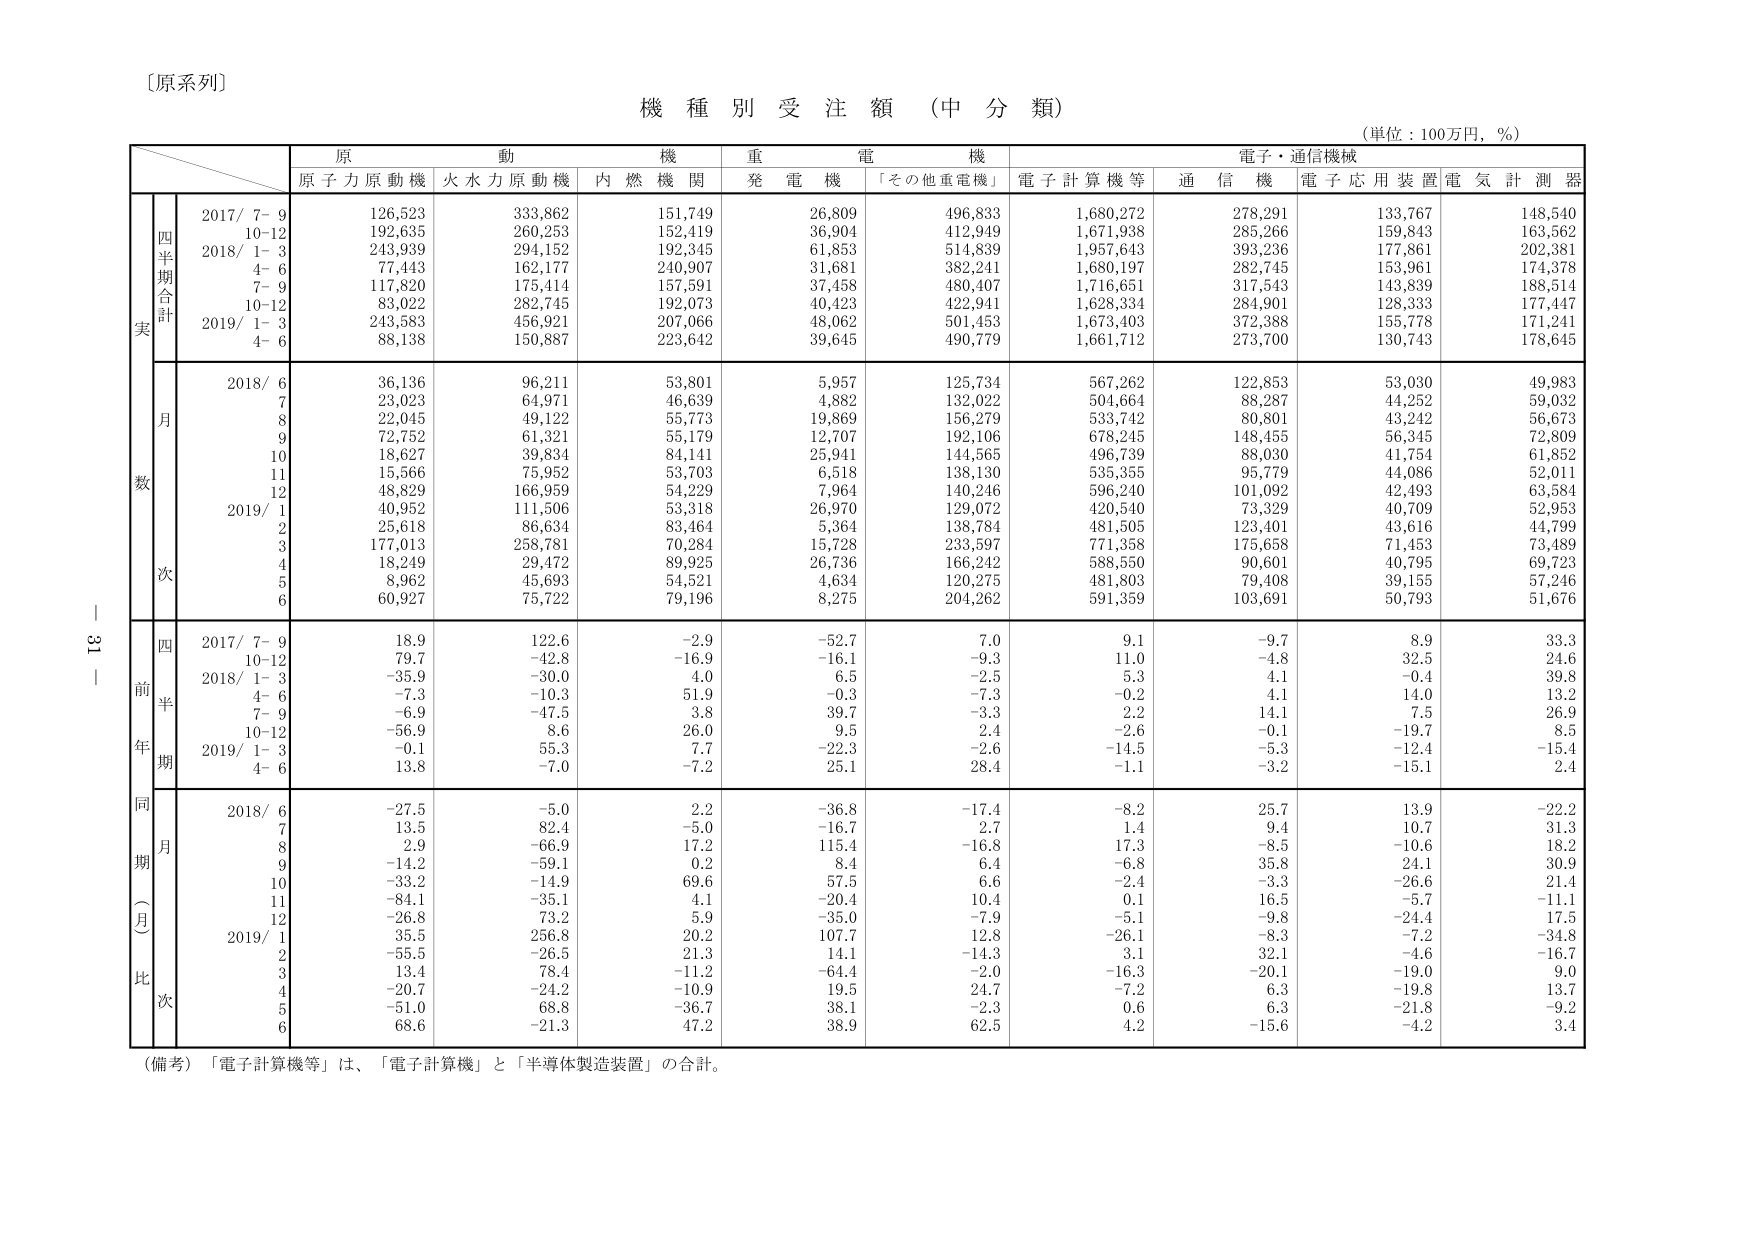
〔原系列〕

機 種 別 受 注 額 （中 分 類）

（単位：100万円，％）

原 動 機 重 電 機 電子・通信機械
原子力原動機 火水力原動機 内燃機関 発電機 「その他重電機」 電子計算機等 通信機 電子応用装置 電気計測器

四半期合計
実
2017/ 7- 9 126,523 333,862 151,749 26,809 496,833 1,680,272 278,291 133,767 148,540
10-12 192,635 260,253 152,419 36,904 412,949 1,671,938 285,266 159,843 163,562
2018/ 1- 3 243,939 294,152 192,345 61,853 514,839 1,957,643 393,236 177,861 202,381
4- 6 77,443 162,177 240,907 31,681 382,241 1,680,197 282,745 153,961 174,378
7- 9 117,820 175,414 157,591 37,458 480,407 1,716,651 317,543 143,839 188,514
10-12 83,022 282,745 192,073 40,423 422,941 1,628,334 284,901 128,333 177,447
2019/ 1- 3 243,583 456,921 207,066 48,062 501,453 1,673,403 372,388 155,778 171,241
4- 6 88,138 150,887 223,642 39,645 490,779 1,661,712 273,700 130,743 178,645

月
数
2018/ 6 36,136 96,211 53,801 5,957 125,734 567,262 122,853 53,030 49,983
7 23,023 64,971 46,639 4,882 132,022 504,664 88,287 44,252 59,032
8 22,045 49,122 55,773 19,869 156,279 533,742 80,801 43,242 56,673
9 72,752 61,321 55,179 12,707 192,106 678,245 148,455 56,345 72,809
10 18,627 39,834 84,141 25,941 144,565 496,739 88,030 41,754 61,852
11 15,566 75,952 53,703 6,518 138,130 535,355 95,779 44,086 52,011
12 48,829 166,959 54,229 7,964 140,246 596,240 101,092 42,493 63,584
2019/ 1 40,952 111,506 53,318 26,970 129,072 420,540 73,329 40,709 52,953
2 25,618 86,634 83,464 5,364 138,784 481,505 123,401 43,616 44,799
3 177,013 258,781 70,284 15,728 233,597 771,358 175,658 71,453 73,489
次
4 18,249 29,472 89,925 26,736 166,242 588,550 90,601 40,795 69,723
5 8,962 45,693 54,521 4,634 120,275 481,803 79,408 39,155 57,246
6 60,927 75,722 79,196 8,275 204,262 591,359 103,691 50,793 51,676

四
前
半
年
期
2017/ 7- 9 18.9 122.6 -2.9 -52.7 7.0 9.1 -9.7 8.9 33.3
10-12 79.7 -42.8 -16.9 -16.1 -9.3 11.0 -4.8 32.5 24.6
2018/ 1- 3 -35.9 -30.0 4.0 6.5 -2.5 5.3 4.1 -0.4 39.8
4- 6 -7.3 -10.3 51.9 -0.3 -7.3 -0.2 4.1 14.0 13.2
7- 9 -6.9 -47.5 3.8 39.7 -3.3 2.2 14.1 7.5 26.9
10-12 -56.9 8.6 26.0 9.5 2.4 -2.6 -0.1 -19.7 8.5
2019/ 1- 3 -0.1 55.3 7.7 -22.3 -2.6 -14.5 -5.3 -12.4 -15.4
4- 6 13.8 -7.0 -7.2 25.1 28.4 -1.1 -3.2 -15.1 2.4

同
期
（月）
比
次
2018/ 6 -27.5 -5.0 2.2 -36.8 -17.4 -8.2 25.7 13.9 -22.2
7 13.5 82.4 -5.0 -16.7 2.7 1.4 9.4 10.7 31.3
8 2.9 -66.9 17.2 115.4 -16.8 17.3 -8.5 -10.6 18.2
9 -14.2 -59.1 0.2 8.4 6.4 -6.8 35.8 24.1 30.9
10 -33.2 -14.9 69.6 57.5 6.6 -2.4 -3.3 -26.6 21.4
11 -84.1 -35.1 4.1 -20.4 10.4 0.1 16.5 -5.7 -11.1
12 -26.8 73.2 5.9 -35.0 -7.9 -5.1 -9.8 -24.4 17.5
2019/ 1 35.5 256.8 20.2 107.7 12.8 -26.1 -8.3 -7.2 -34.8
2 -55.5 -26.5 21.3 14.1 -14.3 3.1 32.1 -4.6 -16.7
3 13.4 78.4 -11.2 -64.4 -2.0 -16.3 -20.1 -19.0 9.0
4 -20.7 -24.2 -10.9 19.5 24.7 -7.2 6.3 -19.8 13.7
5 -51.0 68.8 -36.7 38.1 -2.3 0.6 6.3 -21.8 -9.2
6 68.6 -21.3 47.2 38.9 62.5 4.2 -15.6 -4.2 3.4

（備考）「電子計算機等」は、「電子計算機」と「半導体製造装置」の合計。

－ 31 －